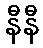
နီနီ